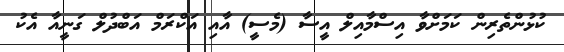
ކުޅުންތެރިން ކަމަށްވާ އިސްމާއިލް އީސާ (މެސީ) އާއި އަކްރަމް އަބްދުލް ގަނީއާ އެކު